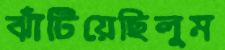
ঝাঁটিয়েছিলুম